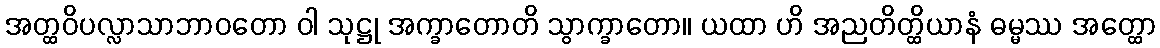
အတ္ထဝိပလ္လာသာဘာဝတော ဝါ သုဋ္ဌု အက္ခာတောတိ သွာက္ခာတော။ ယထာ ဟိ အညတိတ္ထိယာနံ ဓမ္မဿ အတ္ထော